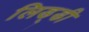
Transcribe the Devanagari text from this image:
लिड्डी